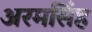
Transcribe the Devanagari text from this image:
अरमसिंह